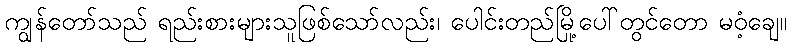
ကျွန်တော်သည် ရည်းစားများသူဖြစ်သော်လည်း၊ ပေါင်းတည်မြို့ပေါ်တွင်တော မဝံ့ချေ။